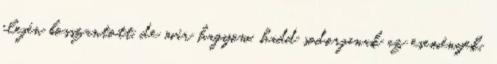
elején bosszantott, de már hagyom, hadd sodorjanak az események.